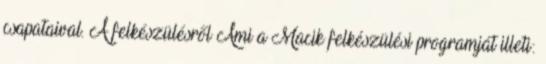
csapataival. A felkészülésről Ami a Macik felkészülési programját illeti: